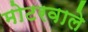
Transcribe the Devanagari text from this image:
मोटरवाले